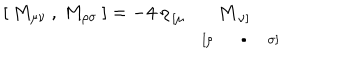
[ \: M _ { \mu \nu } \: , \: M _ { \rho \sigma } \: ] = - 4 \: \eta _ { \begin{array} { c c } { { [ \mu } } & { { } } \\ { { } } & { { [ \rho } } \\ \end{array} } M _ { \begin{array} { c c } { { \nu ] } } & { { } } \\ { { \bullet } } & { { \sigma ] } } \\ \end{array} }